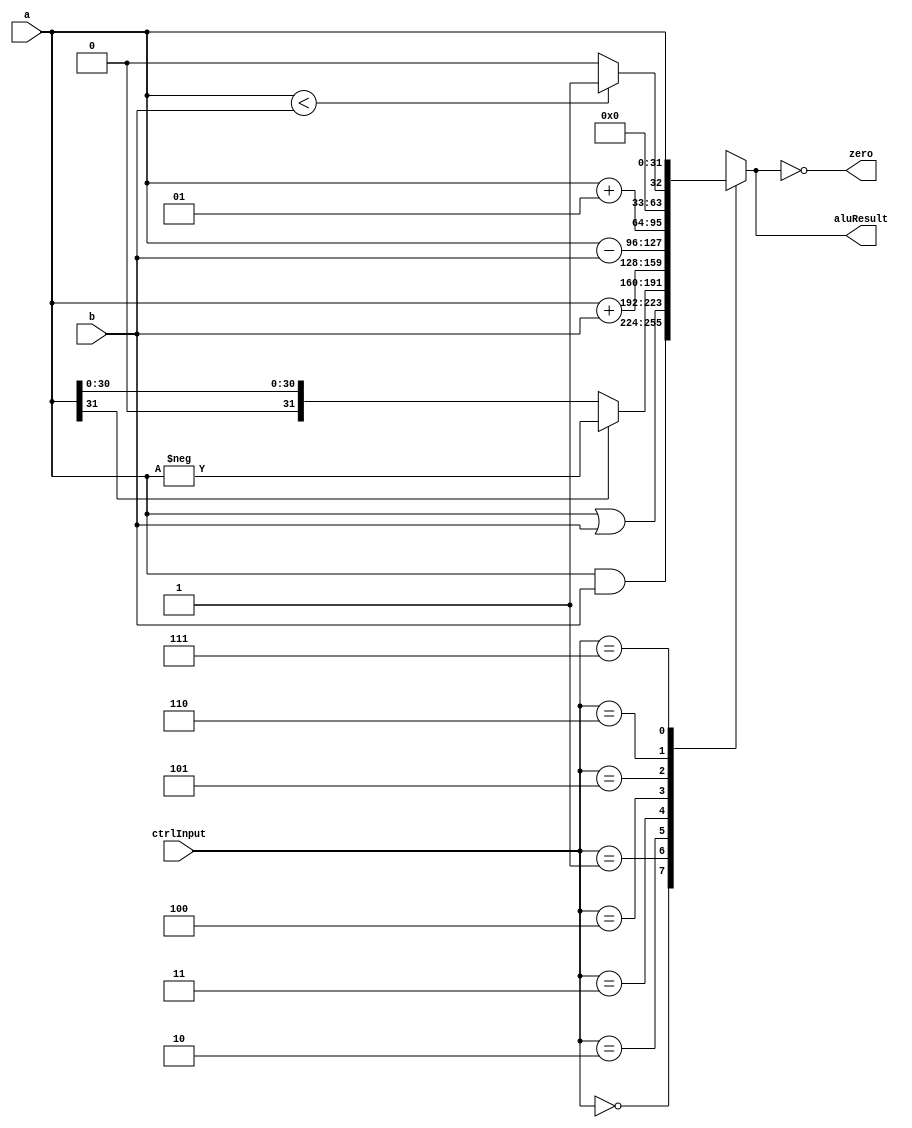
module alu(
	input signed [31:0] a,
	input signed [31:0] b,
	input [2:0] ctrlInput,
	output zero,
	output reg [31:0] aluResult
);

always @ * begin
	case(ctrlInput)
		0 : aluResult = a&b;
		1 : aluResult = a|b;
		2 : aluResult = a[31] ? -a : a;
		3 : aluResult = a+b;
		4 : aluResult = a-b;
		5 : aluResult = a+1;
		6 : aluResult = (a<b)? 31'd1 : 31'd0;
		7 : aluResult = a;
	endcase
end

assign zero = (aluResult == 0);

endmodule